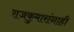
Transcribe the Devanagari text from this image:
राजकुमारांनाही